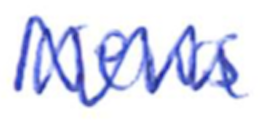
Text: News
Cross-out: zig-zag
Writing tool: ballpoint